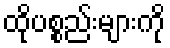
ထိုပစ္စည်းများကို